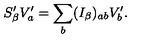
S _ { \beta } ^ { \prime } V _ { a } ^ { \prime } = \sum _ { b } ( I _ { \beta } ) _ { a b } V _ { b } ^ { \prime } .